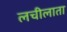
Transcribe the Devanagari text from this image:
लचीलाता